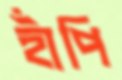
হাঁপি